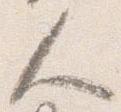
人